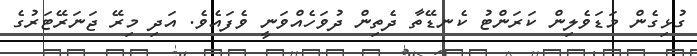
ގުޅިގެން މަޑަވެލިން ކަރަންޓު ކެނޑޭތާ ދެތިން ދުވަހެއްވަނީ ވެފައެވެ. އަދި މިރޭ ޖަނަރޭޓަރުގެ